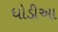
ધોડીઆ